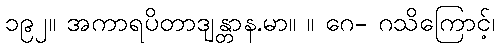
၁၉၂။ အကာရပိတာဒျန္တာန.မာ။ ။ ဂေ- ဂသိကြောင့်၊